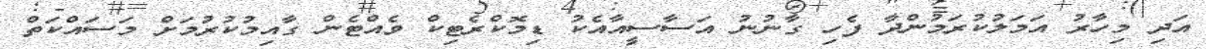
އަދި މިހާރު އަމަލުކުރަމުންދާ ފެހި ގާނުނު އަސާސީއާއެކު ޑިމޮކްރެޓިކް ވެއްޓެން ގާއިމުކުރުމަށް މަސައްކަތް